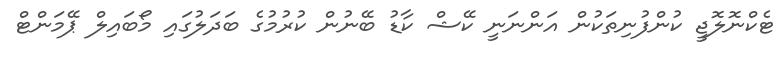
ޓެކްނޮލޮޖީ ކުންފުނިތަކުން އަންނަނީ ކޭޝް ކާޑު ބޭނުން ކުރުމުގެ ބަދަލުގައި މޯބައިލް ޕޭމަންޓް